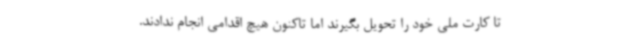
تا کارت ملی خود را تحویل بگیرند اما تاکنون هیچ اقدامی انجام ندادند.